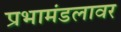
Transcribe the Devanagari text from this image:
प्रभामंडलावर